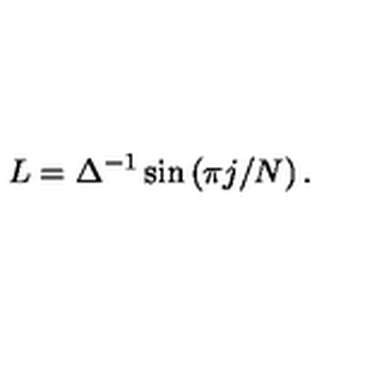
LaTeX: L = \Delta ^ { - 1 } \sin \left( \pi j / N \right) .